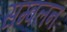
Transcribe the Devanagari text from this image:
सम्वलन